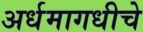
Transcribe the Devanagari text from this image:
अर्धमागधीचे